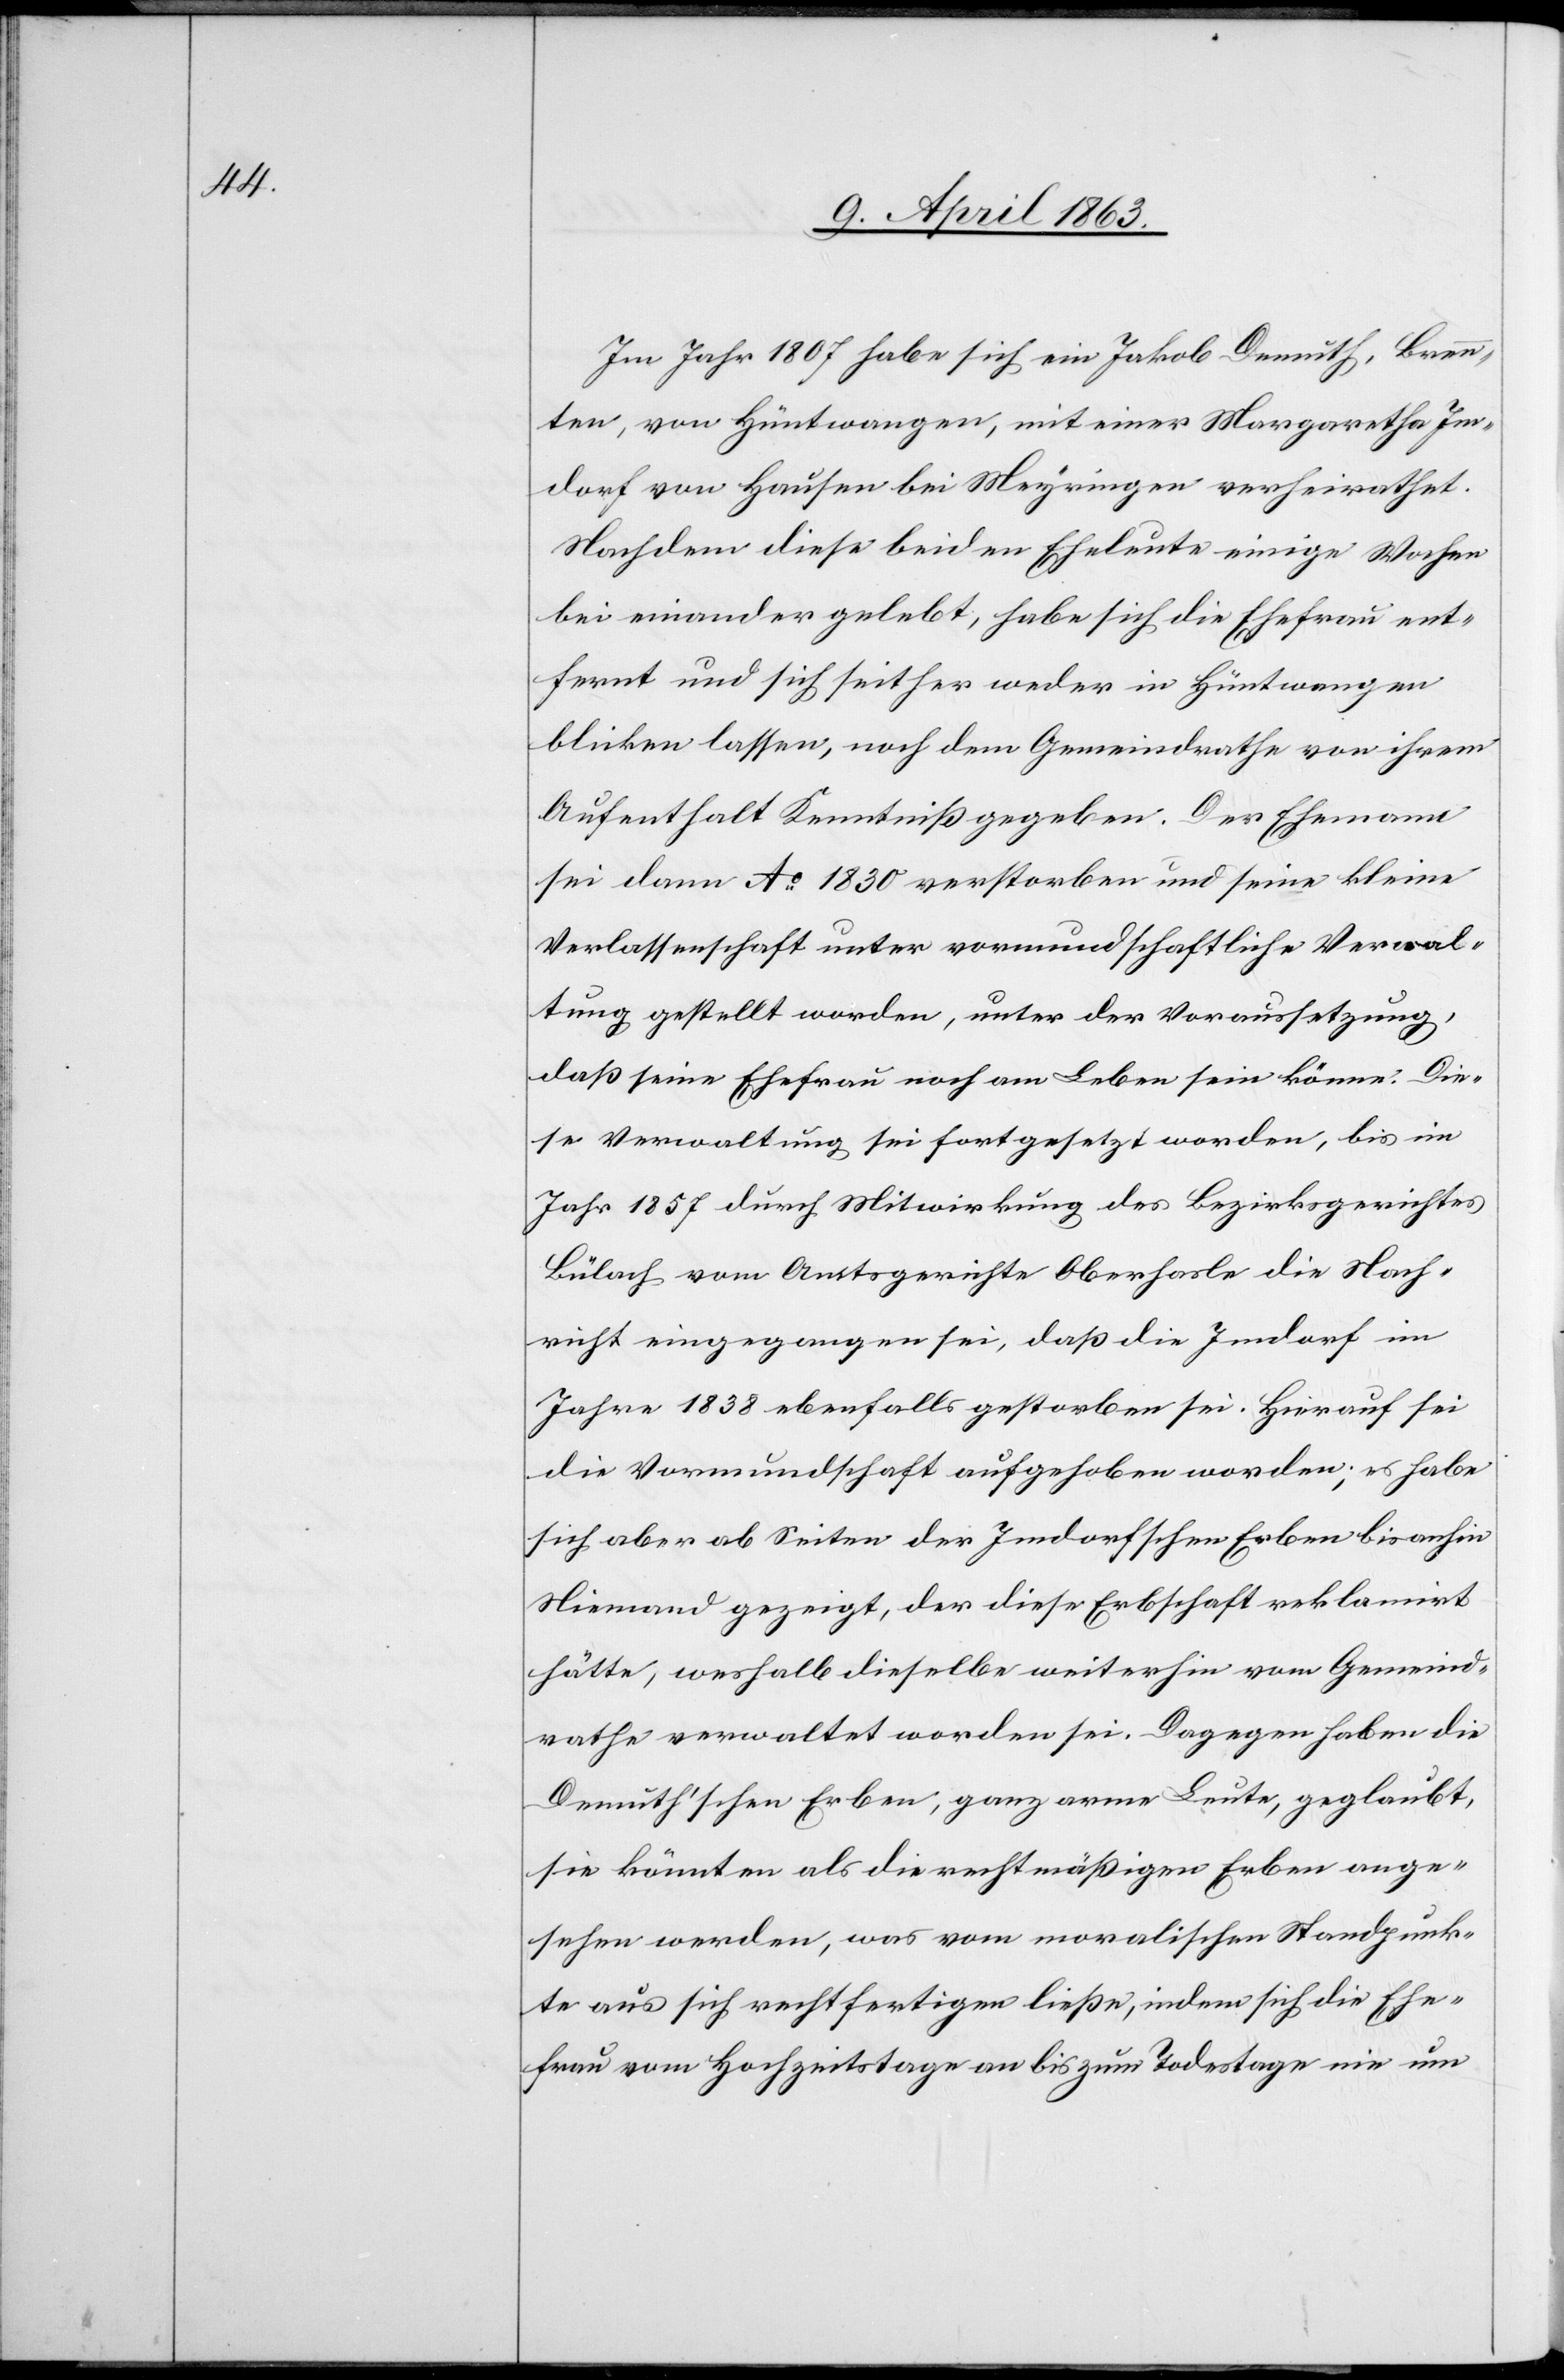
Im Jahr 1807 habe sich ein Jakob Demuth, Brenn¬
ten, von Hüntwangen, mit einer Margaretha Im¬
dorf von Hausen bei Meyringen verheirathet.
Nachdem diese beiden Eheleute einige Wochen
bei einander gelebt, habe sich die Ehefrau ent¬
fernt und sich seither weder in Hüntwangen
blicken lassen, noch dem Gemeindrathe von ihrem
Aufenthalt Kenntniß gegeben. Der Ehemann
sei dann Ao 1830 verstorben und seine kleine
Verlassenschaft unter vormundschaftliche Verwal¬
tung gestellt worden, unter der Voraussetzung,
daß seine Ehefrau noch am Leben sein könne. Die¬
se Verwaltung sei fortgesetzt worden, bis im
Jahr 1857 durch Mitwirkung des Bezirksgerichtes
Bülach vom Amtsgerichte Oberhasle die Nach¬
richt eingegangen sei, daß die Imdorf im
Jahre 1838 ebenfalls gestorben sei. Hierauf sei
die Vormundschaft aufgehoben worden; es habe
sich aber ab Seiten der Imdorfschen Erben bisanhin
Niemand gezeigt, der diese Erbschaft reklamirt
hätte, weshalb dieselbe weiterhin vom Gemeind¬
rathe verwaltet worden sei. Dagegen haben die
Demuth'schen Erben, ganz arme Leute, geglaubt,
sie könnten als die rechtmäßigen Erben ange¬
sehen werden, was vom moralischen Stadtpunk¬
te aus sich rechtfertigen ließe, indem sich die Ehe¬
frau vom Hochzeitstage an bis zum Todestage nie um